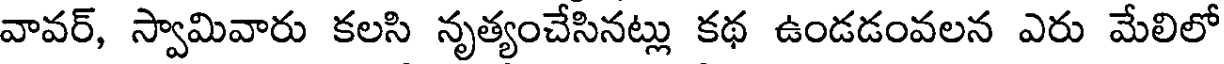
వావర్, స్వామివారు కలసి నృత్యంచేసినట్లు కథ ఉండడంవలన ఎరు మేలిలో